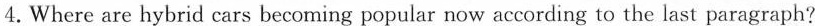
4. Where are hybrid cars becoming popular now according to the last paragraph?